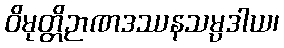
ဝိမုတ္တိဉာဏဒဿနသမ္ပဒါယ၊